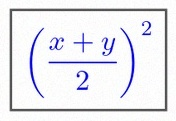
\left(\frac{x+y}{2}\right)^2